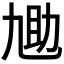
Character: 𫦬